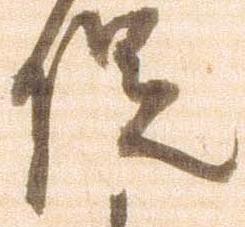
促